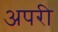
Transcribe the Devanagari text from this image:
अपरी